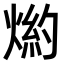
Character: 𤋢